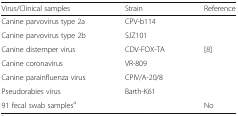
| Virus/Clinical samples | Strain | Reference |
 | --- | --- | --- |
 | Canine parvovirus type 2a | CPV-b114 |  |
 | Canine parvovirus type 2b | SJZ101 |  |
 | Canine distemper virus | CDV-FOX-TA | [8] |
 | Canine coronavirus | VR-809 |  |
 | Canine parainfluenza virus | CPIV/A-20/8 |  |
 | Pseudorabies virus | Barth-K61 |  |
 | 91 fecal swab samplesa |  | No |